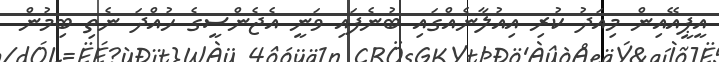
އީޕީއޭއިން މިއަދު ކުރި އިއުލާނެއްގައި ބުނެފައި ވަނީ އެޖެންސީގެ ހުއްދަ ނެތި ބިމުން